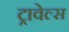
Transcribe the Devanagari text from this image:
ट्रावेल्स